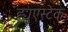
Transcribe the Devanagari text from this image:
ह्युएस्टेक